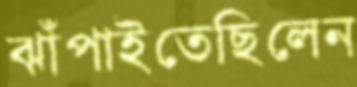
ঝাঁপাইতেছিলেন